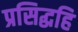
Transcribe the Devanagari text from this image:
प्रसिद्धहि